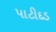
પાટીદડ